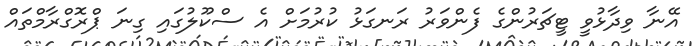
އޭނާ ވިދާޅުވީ ޓީޗަރުންގެ ފެންވަރު ރަނގަޅު ކުރުމަށް އެ ސްކޫލުގައި ގިނަ ޕްރޮގްރާމްތައް